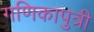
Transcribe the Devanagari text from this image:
गणिकापुत्री